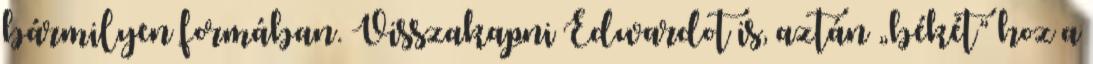
bármilyen formában. Visszakapni Edwardot is, aztán „békét” hoz a